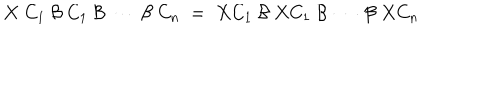
LaTeX: X \; C _ { 1 } \: { \cal { B } } \: C _ { 1 } \: { \cal { B } } \: \cdots \: { \cal { B } } \: C _ { n } \; = \; X C _ { 1 } \: { \cal { B } } \: X C _ { 1 } \: { \cal { B } } \: \cdots \: { \cal { B } } \: X C _ { n } \; \;